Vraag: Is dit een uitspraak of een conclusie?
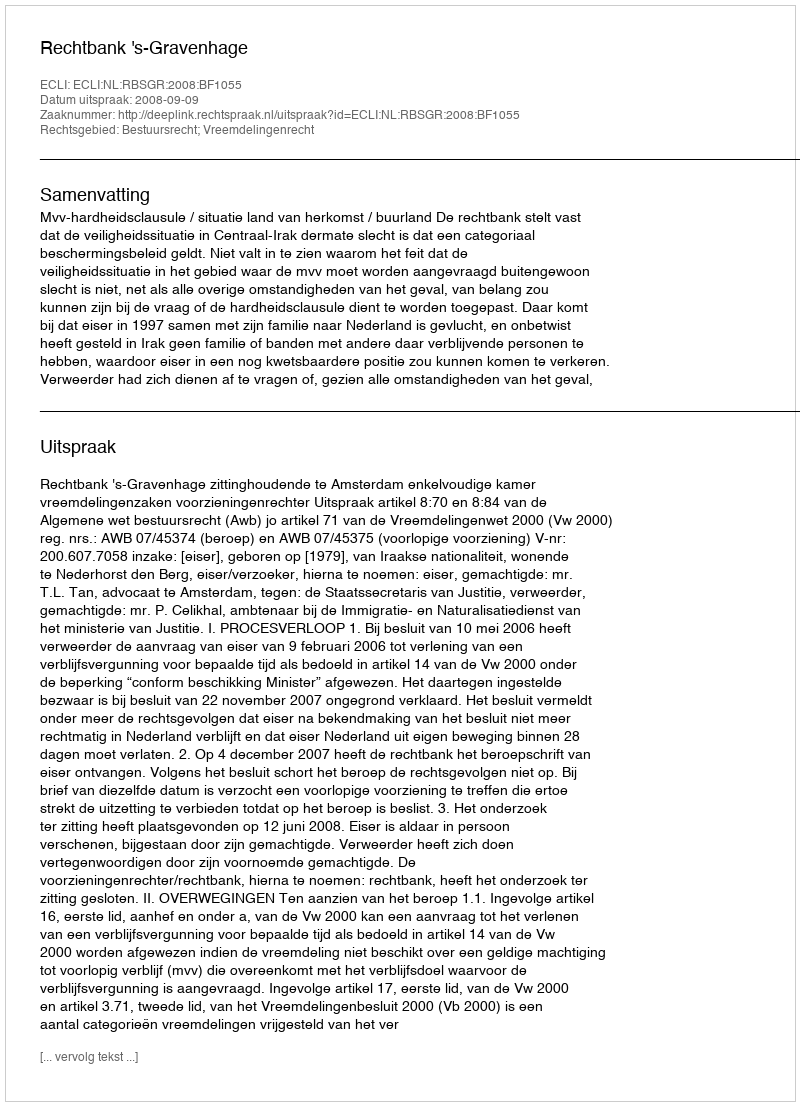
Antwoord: Uitspraak